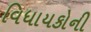
વિધાયકોની